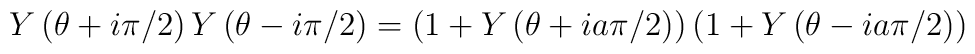
Y\left(  \theta+i\pi/2\right)  Y\left(  \theta-i\pi/2\right)  =\left(1+Y\left(  \theta+ia\pi/2\right)  \right)  \left(  1+Y\left(  \theta-ia\pi/2\right)  \right)